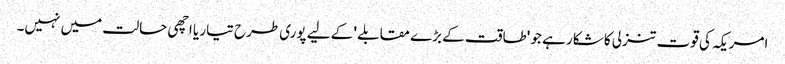
امریکہ کی قوت تنزلی کا شکار ہے جو 'طاقت کے بڑے مقابلے ' کے لیے پوری طرح تیار یا اچھی حالت میں نہیں۔